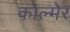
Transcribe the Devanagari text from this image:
कोल्मेर